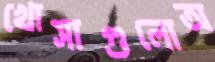
খোসাগুলোঅ